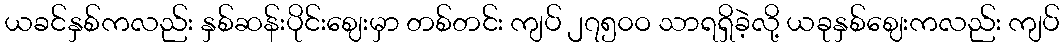
ယခင်နှစ်ကလည်း နှစ်ဆန်းပိုင်းဈေးမှာ တစ်တင်း ကျပ် ၂၇၅၀ဝ သာရရှိခဲ့လို့ ယခုနှစ်ဈေးကလည်း ကျပ်